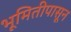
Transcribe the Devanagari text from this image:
भूमितीपासून